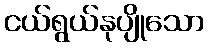
ငယ်ရွယ်နုပျိုသော